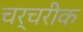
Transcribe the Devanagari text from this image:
चर्चरीक